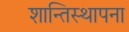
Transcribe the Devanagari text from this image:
शान्तिस्थापना